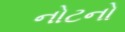
નોટનો